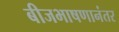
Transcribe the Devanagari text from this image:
बीजभाषणानंतर